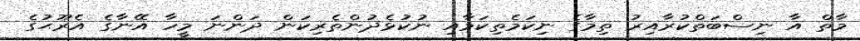
މާތް އާ ނިސްބަތްކުރާއިރު ތިމާގެ ނިކަމެތިކަމާއި ނުކުޅެދުންތެރިކަން ދަންނަ މީހާ އޭނާގެ އެރޫޙުގެ